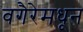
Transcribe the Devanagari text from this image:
वगैरेमधून